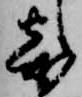
寄